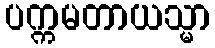
ပက္ကမတာယသ္မာ